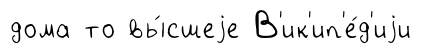
дома то вы́сшеjе В'ик'ип'е́д'иjи